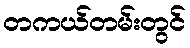
တကယ်တမ်းတွင်